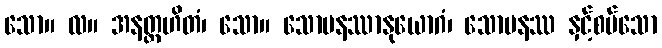
သော။ လ။ အနတ္ထဟိတံ၊ သော။ သောမနဿာနုယောဂံ၊ သောမနဿ နှင့်စပ်သော